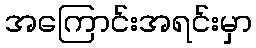
အကြောင်းအရင်းမှာ